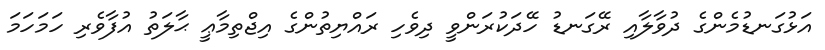
އަޅުގަނޑުމެންގެ ދުވާލާއި ރޭގަނޑު ހޭދަކުރަންވީ ދިވެހި ރައްޔިތުންގެ އިޖްތިމާޢީ ޙާލަތު އުފާވެރި ހަމަހަމަ